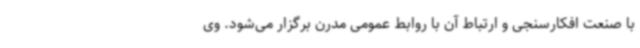
با صنعت افکارسنجی و ارتباط آن با روابط عمومی مدرن برگزار می‌شود. وی